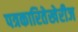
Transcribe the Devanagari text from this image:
पत्रकारितेखेरीज